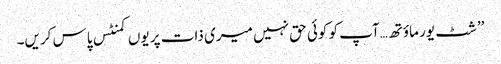
’’شٹ یور ماؤتھ…آپ کو کوئی حق نہیں میری ذات پر یوں کمنٹس پاس کریں۔